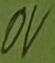
Text: 0V